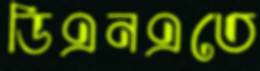
ডিএনএতে